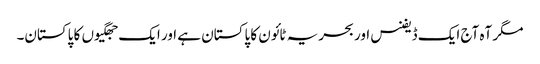
مگر آہ آج ایک ڈیفنس اور بحریہ ٹائون کا پاکستان ہے اور ایک جھگیوں کا پاکستان۔